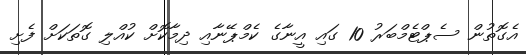
އެގޮތުން ސެޕްޓެމްބަރު 10 ގައި އީނާގެ ކެމްޕޭނާއި ދިމާކޮށް ކުއްލި ގޮތަކަށް ފެށި